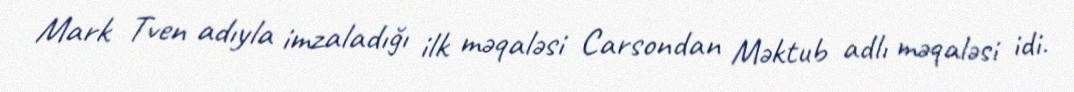
Mark Tven adıyla imzaladığı ilk məqaləsi Carsondan Məktub adlı məqaləsi idi.